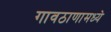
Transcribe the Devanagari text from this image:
गावठाणामध्ये